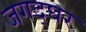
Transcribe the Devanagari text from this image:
जगद्घर